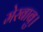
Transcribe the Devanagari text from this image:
मेरबाबु।